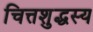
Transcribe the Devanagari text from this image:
चित्तशुद्धस्य